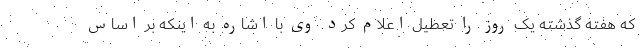
که هفته گذشته یک روز را تعطیل اعلام کرد. وی با اشاره به اینکه بر اساس